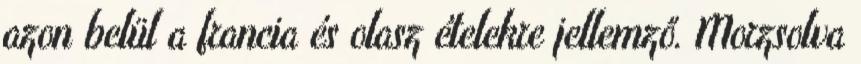
azon belül a francia és olasz ételekre jellemző. Morzsolva